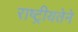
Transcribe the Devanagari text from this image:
राष्ट्रीयतेने